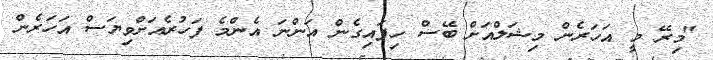
"މިރޭ މީ އަހަރެން މިޝަލްއަށް ބޭސް ހިފައިގެން އަންނަ އެންމެ ފަހުރެއަށްވިޔަސް އަހަރެން